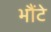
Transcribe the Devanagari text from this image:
भौंटे